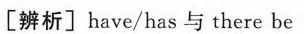
[辨析]have/has与there be